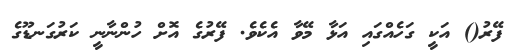
ފޭރު() އަކީ ގަހެއްގައި އަޅާ މޭވާ އެކެވެ. ފޭރުގެ އޮށް ހުންނާނީ ކަރުގަނޑޫގެ